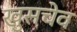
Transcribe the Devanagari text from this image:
खुसचेव